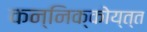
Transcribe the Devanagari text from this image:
कन्निक्कोय्त्त